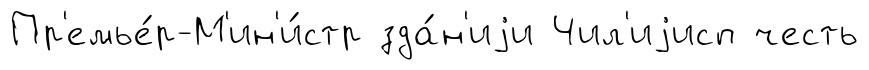
Пр'емье́р-М'ин'и́стр зда́н'иjи Чил'иjисп честь